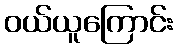
ဝယ်ယူကြောင်း